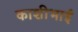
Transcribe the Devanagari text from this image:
काशीभाई